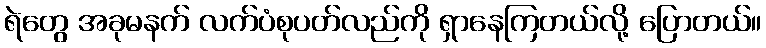
ရဲတွေ အခုမနက် လက်ပံစုပတ်လည်ကို ရှာနေကြတယ်လို့ ပြောတယ်။